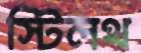
স্টিলথ